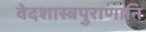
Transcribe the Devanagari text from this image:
वेदशास्त्रपुराणानि